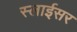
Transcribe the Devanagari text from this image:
स्‍लाईसर